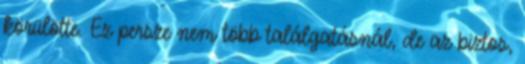
körülötte. Ez persze nem több találgatásnál, de az biztos,